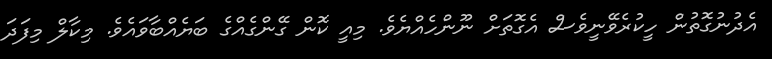
އެދުނުގޮތުން ހީކުރެވޭނީވެސް އެގޮތަށް ނޫންހެއްޔެވެ. މިއީ ކޮން ގޭންގެއްގެ ބަޔެއްބާވައެވެ. މިކާލް މިފަދަ